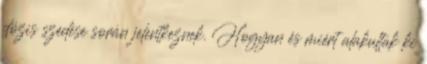
dózis szedése során jelentkeznek. Hogyan és miért alakultak ki